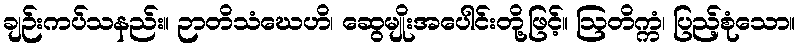
ချဉ်းကပ်သနည်း။ ဉာတိသံဃေဟိ၊ ဆွေမျိုးအပေါင်းတို့ဖြင့်။ ဩတိက္ကံ၊ ပြည့်စုံသော။